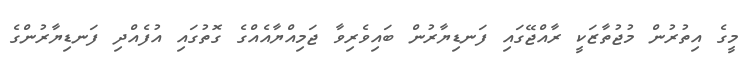
މީގެ އިތުރުން މުޖުތާޒަކީ ރާއްޖޭގައި ފަނޑިޔާރުން ބައިވެރިވާ ޖަމިއްޔާއެއްގެ ގޮތުގައި އުފެއްދި ފަނޑިޔާރުންގެ